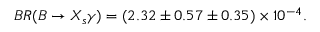
B R ( B \rightarrow X _ { s } \gamma ) = ( 2 . 3 2 \pm 0 . 5 7 \pm 0 . 3 5 ) \times 1 0 ^ { - 4 } .